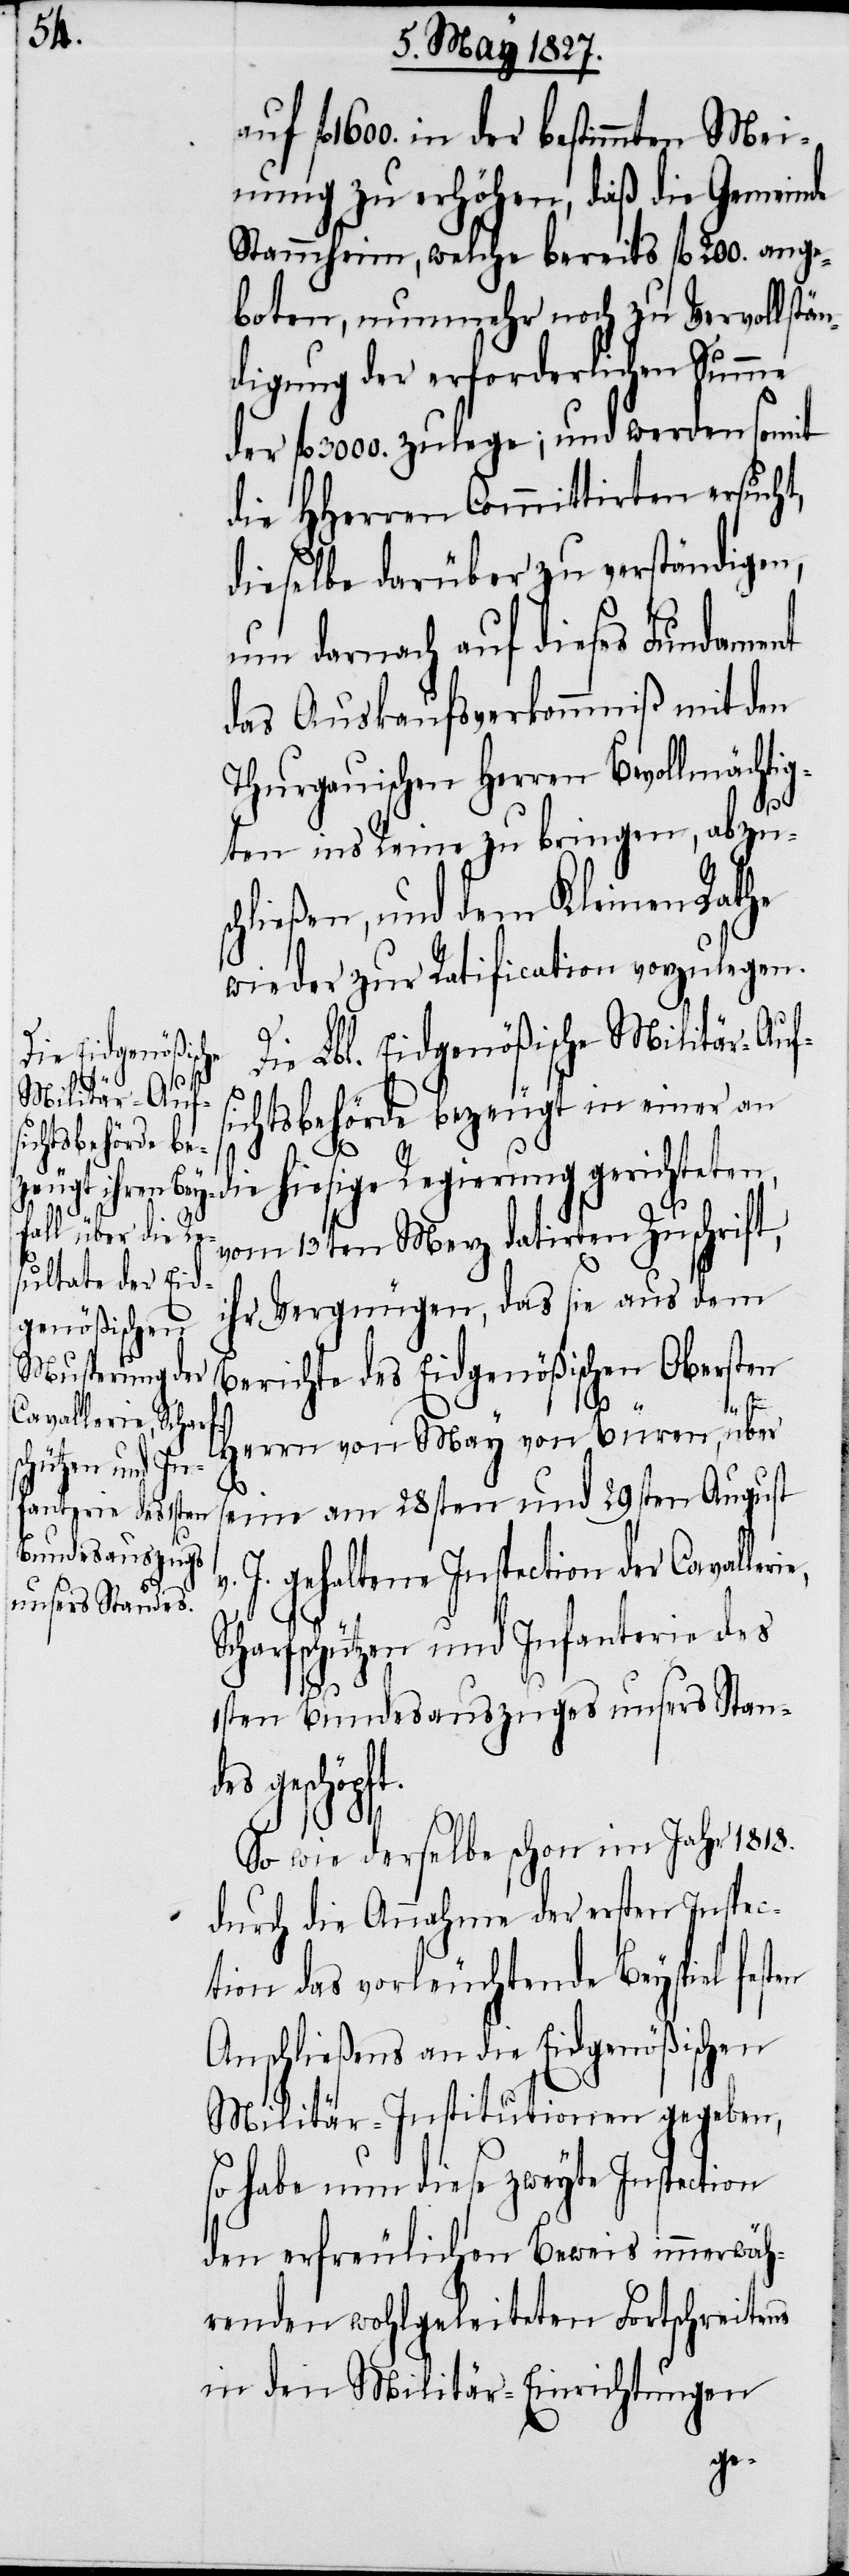
fl. 1600. in der bestimmten Mei¬
nung zu erhöhen, daß die Gemeinde
Stammheim, welche bereits fl. 200. ange¬
boten, nunmehr noch zu Vervollstän¬
digung der erforderlichen Summe
der fl. 3000. zulege; und werden somit
die Herren Committirten ersucht,
dieselbe darüber zu verständigen,
um darnach auf dieses Fundament
das Auskaufsverkommniß mit den
Thurgauischen Herren Bevollmächtig¬
ten ins Reine zu bringen, abzus¬
chließen, und dem Kleinen Rathe
wieder zur Ratification vorzulegen.
Die Lbl. Eidgenößische Militär-Auf¬
sichtsbehörde bezeugt in einer a¬
n die hiesige Regierung gerichteten,
vom 13ten Merz datirten Zuschrift,
ihr Vergnügen, das sie aus dem
Berichte des Eidgenößischen Obersten
S¬
v.
Herrn von Mey von Büren, über
seine am 28sten und 29sten August
J. gehaltene Inspection der Cavaller¬
charfschützen und Infanterie des
1sten Bundesauszuges unseres Standes
geschöpft.
So wie derselbe schon im Jahr 1818.
durch die Annahme der ersten Inspec¬
tion das vorleuchtende Beyspiel festen
Anschließens an die Eidgenößischen
Militär-Institutionen gegeben,
so habe nun diese zweyte Inspection
den erfreulichen Beweis immerwäh¬
renden wohlgeleiteten Fortschreitens
in den Militär-Einrichtungen